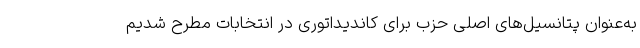
به‌عنوان پتانسیل‌های اصلی حزب برای کاندیداتوری در انتخابات مطرح شدیم